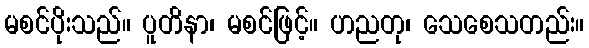
မစင်ပိုးသည်။ ပူတိနာ၊ မစင်ဖြင့်။ ဟညတု၊ သေစေသတည်း။